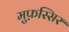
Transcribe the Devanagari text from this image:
मुफ़स्सिर